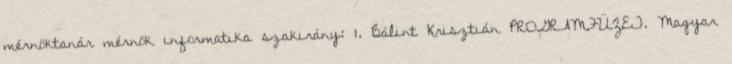
mérnöktanár mérnök informatika szakirány: 1. Bálint Krisztián PROGRAMFÜZET. Magyar